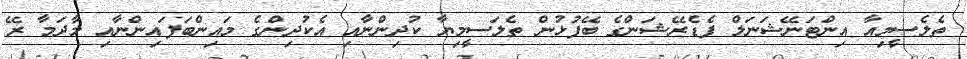
ތެލެސީމިއާ އިންޓަނޭޝަނަލް ފެޑެރޭޝަންގެ ބޭފުޅުން ތެލަސީމިޔާ ކުދިންނާއި އެކުދިންގެ މައިންބަފައިންނާއި މާދަމާ ރޭ